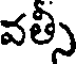
వత్సీ